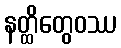
နတ္ထိတွေဝဿ